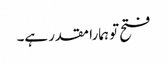
فتح تو ہمارا مقدر ہے۔